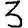
Digit: 3